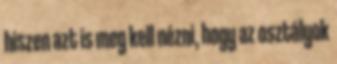
hiszen azt is meg kell nézni, hogy az osztályok